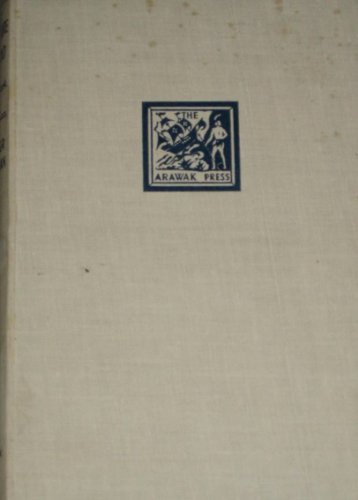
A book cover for Pleasure Island: The book of Jamaica; Esther Chapman; Travel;